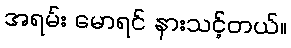
အရမ်း မောရင် နားသင့်တယ်။